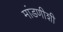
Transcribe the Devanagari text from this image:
मांडणीशी